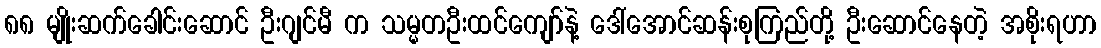
၈၈ မျိုးဆက်ခေါင်းဆောင် ဦးဂျင်မီ က သမ္မတဦးထင်ကျော်နဲ့ ဒေါ်အောင်ဆန်းစုကြည်တို့ ဦးဆောင်နေတဲ့ အစိုးရဟာ